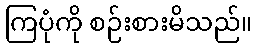
ကြပုံကို စဉ်းစားမိသည်။